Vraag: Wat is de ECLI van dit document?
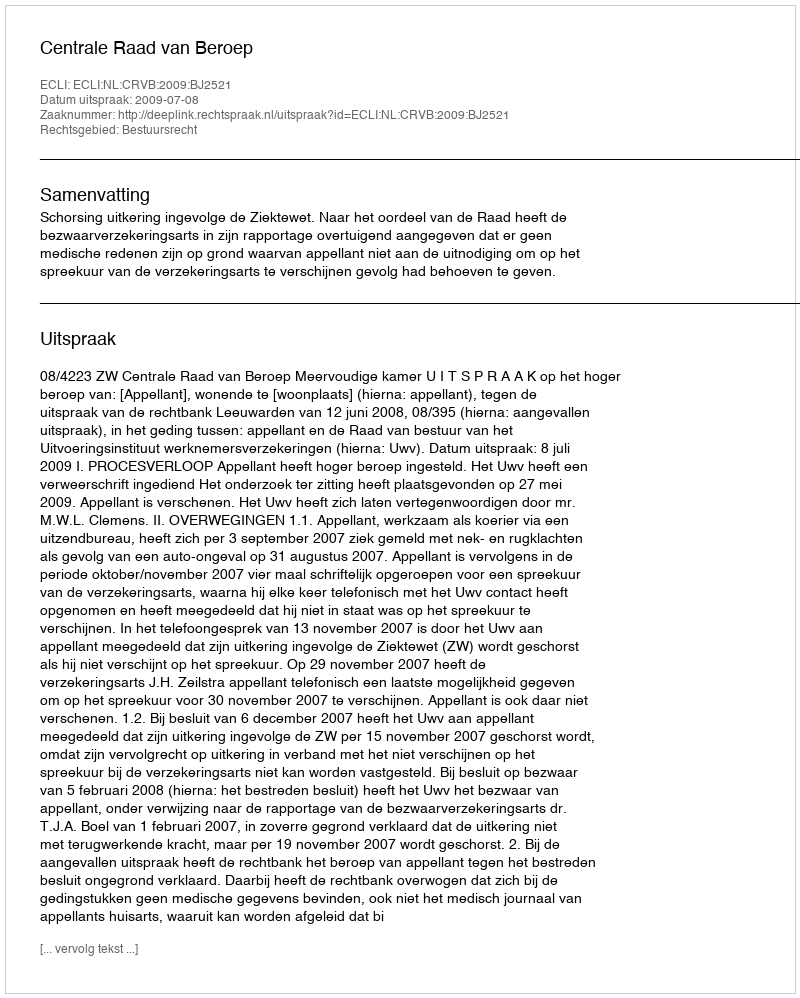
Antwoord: ECLI:NL:CRVB:2009:BJ2521